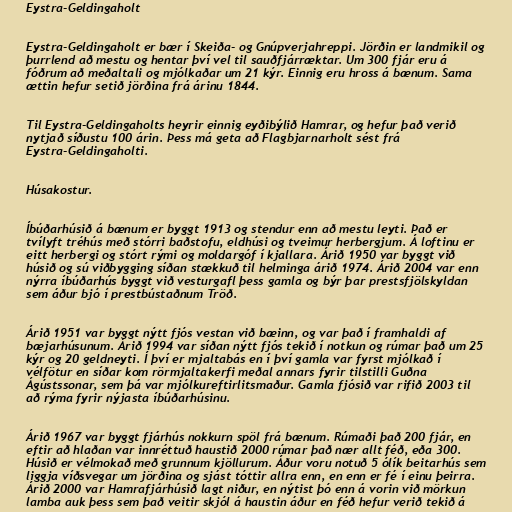
Eystra-Geldingaholt

Eystra-Geldingaholt er bær í Skeiða- og Gnúpverjahreppi. Jörðin er landmikil og
þurrlend að mestu og hentar því vel til sauðfjárræktar. Um 300 fjár eru á
fóðrum að meðaltali og mjólkaðar um 21 kýr. Einnig eru hross á bænum. Sama
ættin hefur setið jörðina frá árinu 1844.

Til Eystra-Geldingaholts heyrir einnig eyðibýlið Hamrar, og hefur það verið
nytjað síðustu 100 árin. Þess má geta að Flagbjarnarholt sést frá
Eystra-Geldingaholti.

Húsakostur.

Íbúðarhúsið á bænum er byggt 1913 og stendur enn að mestu leyti. Það er
tvílyft tréhús með stórri baðstofu, eldhúsi og tveimur herbergjum. Á loftinu er
eitt herbergi og stórt rými og moldargóf í kjallara. Árið 1950 var byggt við
húsið og sú viðbygging síðan stækkuð til helminga árið 1974. Árið 2004 var enn
nýrra íbúðarhús byggt við vesturgafl þess gamla og býr þar prestsfjölskyldan
sem áður bjó í prestbústaðnum Tröð.

Árið 1951 var byggt nýtt fjós vestan við bæinn, og var það í framhaldi af
bæjarhúsunum. Árið 1994 var síðan nýtt fjós tekið í notkun og rúmar það um 25
kýr og 20 geldneyti. Í því er mjaltabás en í því gamla var fyrst mjólkað í
vélfötur en síðar kom rörmjaltakerfi meðal annars fyrir tilstilli Guðna
Ágústssonar, sem þá var mjólkureftirlitsmaður. Gamla fjósið var rifið 2003 til
að rýma fyrir nýjasta íbúðarhúsinu.

Árið 1967 var byggt fjárhús nokkurn spöl frá bænum. Rúmaði það 200 fjár, en
eftir að hlaðan var innréttuð haustið 2000 rúmar það nær allt féð, eða 300.
Húsið er vélmokað með grunnum kjöllurum. Áður voru notuð 5 ólík beitarhús sem
liggja víðsvegar um jörðina og sjást tóttir allra enn, en enn er fé í einu þeirra.
Árið 2000 var Hamrafjárhúsið lagt niður, en nýtist þó enn á vorin við mörkun
lamba auk þess sem það veitir skjól á haustin áður en féð hefur verið tekið á